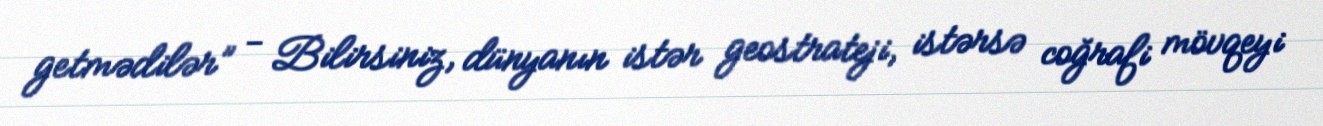
getmədilər” - Bilirsiniz, dünyanın istər geostrateji, istərsə coğrafi mövqeyi